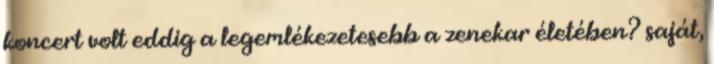
koncert volt eddig a legemlékezetesebb a zenekar életében? saját,